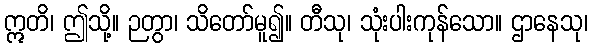
ဣတိ၊ ဤသို့။ ဉတွာ၊ သိတော်မူ၍။ တီသု၊ သုံးပါးကုန်သော။ ဌာနေသု၊